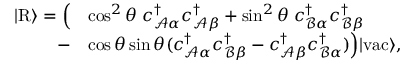
\begin{array} { r l } { \vert \mathrm { R } \rangle = \Big ( } & { \cos ^ { 2 } \theta \; { c } _ { \mathcal { A } \alpha } ^ { \dagger } { c } _ { \mathcal { A } \beta } ^ { \dagger } + \sin ^ { 2 } \theta \; { c } _ { \mathcal { B } \alpha } ^ { \dagger } { c } _ { \mathcal { B } \beta } ^ { \dagger } } \\ { - } & { \cos \theta \sin \theta ( { c } _ { \mathcal { A } \alpha } ^ { \dagger } { c } _ { \mathcal { B } \beta } ^ { \dagger } - { c } _ { \mathcal { A } \beta } ^ { \dagger } { c } _ { \mathcal { B } \alpha } ^ { \dagger } ) \Big ) \vert \mathrm { v a c } \rangle , } \end{array}